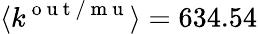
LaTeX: \langle k^{\mathrm{~o~u~t~/~m~u~}}\rangle=634.54